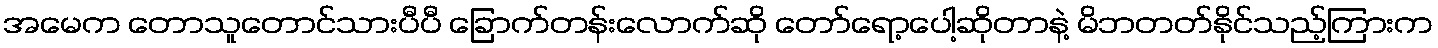
အမေက တောသူတောင်သားပီပီ ခြောက်တန်းလောက်ဆို တော်ရော့ပေါ့ဆိုတာနဲ့ မိဘတတ်နိုင်သည့်ကြားက